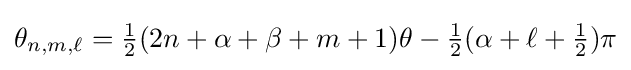
\theta _{n,m,\ell }={\tfrac {1}{2}}(2n+\alpha +\beta +m+1)\theta -{\tfrac {1}{2}}(\alpha +\ell +{\tfrac {1}{2}})\pi